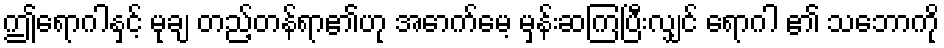
ဤရောဂါနှင့် မုချ တည့်တန်ရာ၏ဟု အောက်မေ့ မှန်းဆကြပြီးလျှင် ရောဂါ ၏ သဘောကို